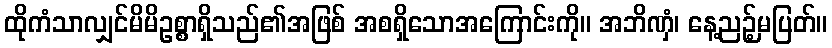
ထိုကံသာလျှင်မိမိဥစ္စာရှိသည်၏အဖြစ် အစရှိသောအကြောင်းကို။ အဘိဏှံ၊ နေ့ညဉ့်မပြတ်။